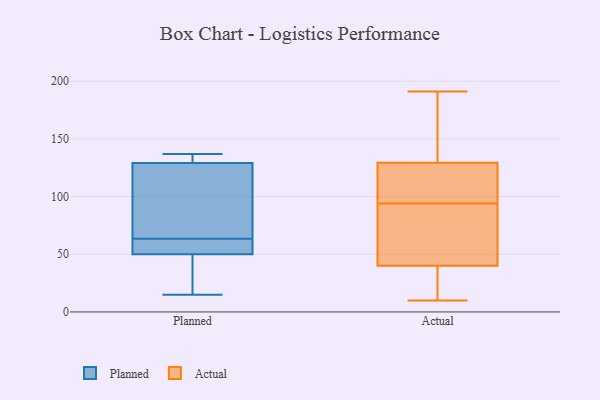
{"axis": {"x": "Tickets Resolved", "y": "Value"}, "legend": ["Actual", "Planned"], "data": [{"x": "", "y": 129, "type": "Planned"}, {"x": "", "y": 137, "type": "Planned"}, {"x": "", "y": 50, "type": "Planned"}, {"x": "", "y": 137, "type": "Planned"}, {"x": "", "y": 31, "type": "Planned"}, {"x": "", "y": 66, "type": "Planned"}, {"x": "", "y": 61, "type": "Planned"}, {"x": "", "y": 114, "type": "Planned"}, {"x": "", "y": 15, "type": "Planned"}, {"x": "", "y": 50, "type": "Planned"}, {"x": "", "y": 49, "type": "Actual"}, {"x": "", "y": 156, "type": "Actual"}, {"x": "", "y": 160, "type": "Actual"}, {"x": "", "y": 102, "type": "Actual"}, {"x": "", "y": 191, "type": "Actual"}, {"x": "", "y": 127, "type": "Actual"}, {"x": "", "y": 30, "type": "Actual"}, {"x": "", "y": 167, "type": "Actual"}, {"x": "", "y": 130, "type": "Actual"}, {"x": "", "y": 10, "type": "Actual"}, {"x": "", "y": 24, "type": "Actual"}, {"x": "", "y": 125, "type": "Actual"}, {"x": "", "y": 107, "type": "Actual"}, {"x": "", "y": 94, "type": "Actual"}, {"x": "", "y": 79, "type": "Actual"}, {"x": "", "y": 22, "type": "Actual"}, {"x": "", "y": 49, "type": "Actual"}, {"x": "", "y": 37, "type": "Actual"}, {"x": "", "y": 62, "type": "Actual"}]}